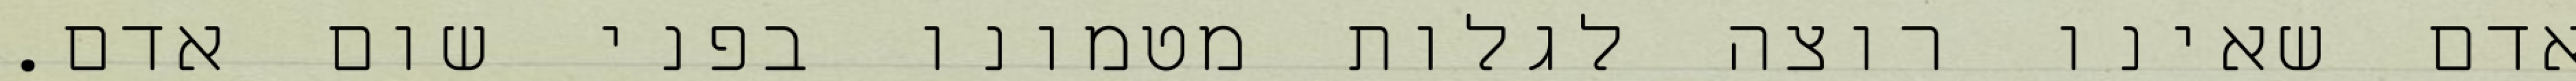
אדם שאינו רוצה לגלות מטמונו בפני שום אדם.